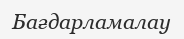
Бағдарламалау